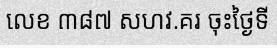
លេខ ៣៨៧ សហវ.គរ ចុះថ្ងៃទី